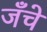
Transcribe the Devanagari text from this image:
जँचे